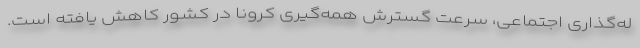
له‌گذاری اجتماعی، سرعت گسترش همه‌گیری کرونا در کشور کاهش یافته است.